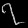
Digit: ၇